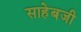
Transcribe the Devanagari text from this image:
साहेबजी